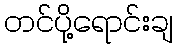
တင်ပို့ရောင်းချ